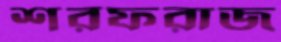
শরফরাজ